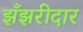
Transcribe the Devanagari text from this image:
झँझरीदार